Report of the Indian Hemp Drugs Commission, 1894-1895 - Volume IV
Year: 1894
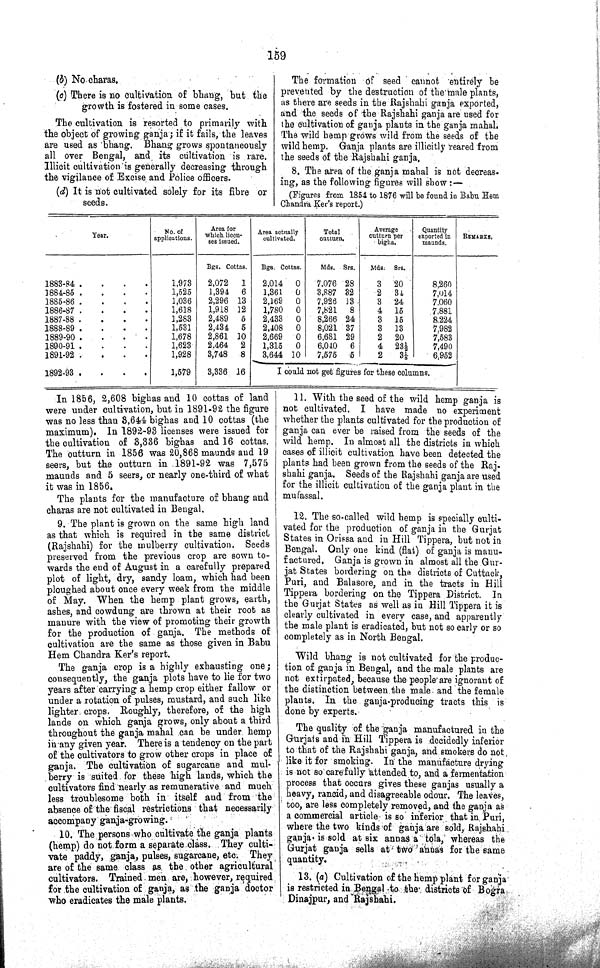
159
(b) No charas.
(c) There is no cultivation of bhang, but the
growth is fostered in some cases.
The cultivation is resorted to primarily with
the object of growing ganja; if it fails, the leaves
are used as bhang. Bhang grows spontaneously
all over Bengal, and its cultivation is rare.
Illicit cultivation is generally decreasing through
the vigilance of Excise and Police officers.
(d) It is not cultivated solely for its fibre or
seeds.
The formation of seed cannot entirely be
prevented by the destruction of the male plants,
as there are seeds in the Rajshahi ganja exported,
and the seeds of the Rajshahi ganja are used for
the cultivation of ganja plants in the ganja mahal.
The wild hemp grows wild from the seeds of the
wild hemp. Ganja plants are illicitly reared from
the seeds of the Rajshahi ganja.
8. The area of the ganja mahal is not decreas-
ing, as the following figures will show:—
(Figures from 1854 to 1876 will be found in Babu Hem
Chandra Ker's report.)
Year.
No. of
applications.
Area for
which licen-
ses issued.
Area actually
cultivated.
Total
outturn.
Average
outturn per
bigha.
Quantity
exported in
maunds.
REMARKS.
Bgs.
Cottas. Bgs. Cottas.
Mds. Srs.
Mds. Srs.
1883-84
1,973
2,072
1
2,014
0
7,076 28
3 20
8,260
1884-85
1,525
1,394
6
1,361
0
3,887 32
2 34
7,014
1885-86
1,036
2,296 13
2,169
0
7,926 13
3 24
7,060
1886-87
1,618
1,918 12
1,780
0
7,821 8
4 15
7,881
1887-88
1,283
2,489 5
2,433 0
8,266 24
3 15
8,224
1888-89
1,531
2,434 5
2,408
0
8,021 37
3 13
7,982
1889-90
1,678
2,861 10
2,669
0
6,681 29
2 20
7,583
1890-91
1,623
2,464 2
1,315
0
6,040 6
4 231/2
7,490
1891-92
1,928
3,748
8
3,644 10
7,575 5
2
31/2
6,952
1892-93
1,579
3,336 16
I could not get figures for these columns.
In 1856, 2,608 bighas and 10 cottas of land
were under cultivation, but in 1891-92 the figure
was no less than 3,644 bighas and 10 cottas (the
maximum). In 1892-93 licenses were issued for
the cultivation of 3,336 bighas and 16 cottas.
The outturn in 1856 was 20,868 maunds and 19
seers, but the outturn in 1891-92 was 7,575
maunds and 5 seers, or nearly one-third of what
it was in 1856.
The plants for the manufacture of bhang and
charas are not cultivated in Bengal.
9. The plant is grown on the same high land
as that which is required in the same district
(Rajshahi) for the mulberry cultivation. Seeds
preserved from the previous crop are sown to¬
wards the end of August in a carefully prepared
plot of light, dry, sandy loam, which had been
ploughed about once every week from the middle
of May. When the hemp plant grows, earth,
ashes, and cowdung are thrown at their root as
manure with the view of promoting their growth
for the production of ganja. The methods of
cultivation are the same as those given in Babu
Hem Chandra Ker's report.
The ganja crop is a highly exhausting one;
consequently, the ganja plots have to lie for two
years after carrying a hemp crop either fallow or
under a rotation of pulses, mustard, and such like
lighter crops. Roughly, therefore, of the high
lands on which ganja grows, only about a third
throughout the ganja mahal can be under hemp
in any given year. There is a tendency on the part
of the cultivators to grow other crops in place of
ganja. The cultivation of sugarcane and mul¬
berry is suited for these high lands, which the
cultivators find nearly as remunerative and much
less troublesome both in itself and from the
absence of the fiscal restrictions that necessarily
accompany ganja-growing.
10. The persons who cultivate the ganja plants
(hemp) do not form a separate class. They culti¬
vate paddy, ganja, pulses, sugarcane, etc. They
are of the same class as the other agricultural
cultivators. Trained men are, however, required
for the cultivation of ganja, as the ganja doctor
who eradicates the male plants.
11. With the seed of the wild hemp ganja is
not cultivated. I have made no experiment
whether the plants cultivated for the production of
ganja can ever be raised from the seeds of the
wild hemp. In almost all the districts in which
cases of illicit cultivation have been detected the
plants had been grown from the seeds of the Raj.
shahi ganja. Seeds of the Rajshahi ganja are used
for the illicit cultivation of the ganja plant in the
mufassal.
12. The so-called wild hemp is specially culti¬
vated for the production of ganja in the Gurjat
States in Orissa and in Hill Tippera, but not in
Bengal. Only one kind (flat) of ganja is manu¬
factured. Ganja is grown in almost all the Gur¬
jat States bordering on the districts of Cuttack,
Puri, and Balasore, and in the tracts in Hill
Tippera bordering on the Tippera District. In
the Gurjat States as well as in Hill Tippera it is
clearly cultivated in every case, and apparently
the male plant is eradicated, but not so early or so
completely as in North Bengal.
Wild bhang is not cultivated for the produc¬
tion of ganja in Bengal, and the male plants are
not extirpated, because the people are ignorant of
the distinction between the male and the female
plants. In the ganja-producing tracts this is
done by experts.
The quality of the ganja manufactured in the
Gurjats and in Hill Tippera is decidedly inferior
to that of the Rajshahi ganja, and smokers do not
like it for smoking. In the manufacture drying
is not so carefully attended to, and a fermentation
process that occurs gives these ganjas usually a
heavy, rancid, and disagreeable odour. The leaves,
too, are less completely removed, and the ganja as
a commercial article is so inferior that in Puri,
where the two kinds of ganja are sold, Rajshahi
ganja is sold at six annas a tola, whereas the
Gurjat ganja sells at two annas for the same
quantity.
13. (a) Cultivation of the hemp plant for ganja
is restricted in Bengal to the districts of Bogra
Dinajpur, and Rajshahi.